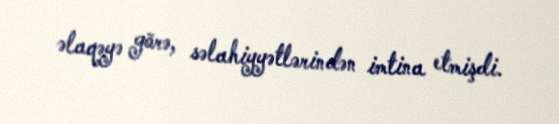
əlaqəyə görə, səlahiyyətlərindən imtina etmişdi.